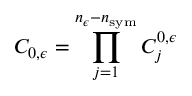
C _ { 0 , \epsilon } = \prod _ { j = 1 } ^ { n _ { \epsilon } - n _ { \mathrm { s y m } } } C _ { j } ^ { 0 , \epsilon }